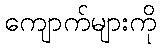
ကျောက်များကို